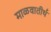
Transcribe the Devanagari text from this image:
माळवातीर्थ